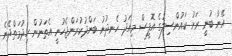
އޭނާ ބުނީ ރަށު ކައުންސިލުގެ އޮފީސް މިއަދު ހެނދުނު ބަންދުކުރަންޖެހުނީ އެތަނުން ހިދުމަތްދޭނެ